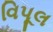
વિપૂલ